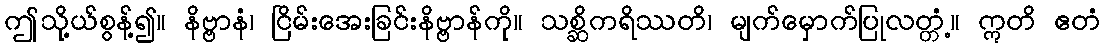
ဤသို့ယ်စွန့်၍။ နိဗ္ဗာနံ၊ ငြိမ်းအေးခြင်းနိဗ္ဗာန်ကို။ သစ္ဆိကရိဿတိ၊ မျက်မှောက်ပြုလတ္တံ့။ ဣတိ ဧတံ